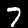
Label: 7